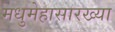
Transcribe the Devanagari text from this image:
मधुमेहासारख्या